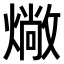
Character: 𤏮